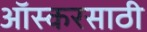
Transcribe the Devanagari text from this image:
ऑस्करसाठी